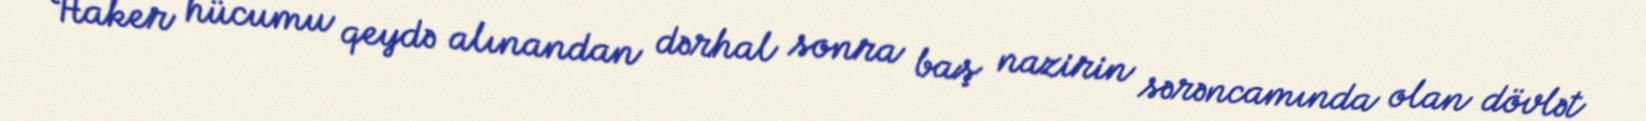
Haker hücumu qeydə alınandan dərhal sonra baş nazirin sərəncamında olan dövlət